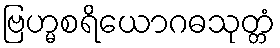
ဗြဟ္မစရိယောဂဓသုတ္တံ